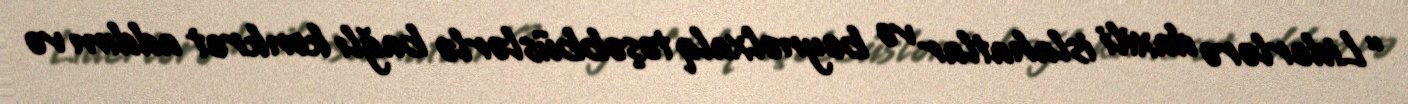
“Liderlərə daxili islahatlar və beynəlxalq təşəbbüslərlə bağlı konkret addım və